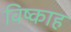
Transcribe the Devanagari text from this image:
विष्काह